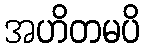
အဟိတမပိ